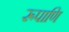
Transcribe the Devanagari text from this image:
रूपाणि